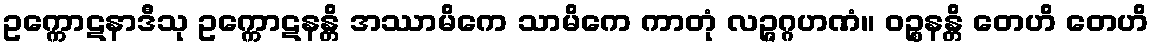
ဥက္ကောဋနာဒီသု ဥက္ကောဋနန္တိ အဿာမိကေ သာမိကေ ကာတုံ လဉ္ဇဂ္ဂဟဏံ။ ဝဉ္စနန္တိ တေဟိ တေဟိ